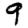
Digit: 9